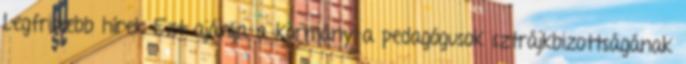
Legfrissebb hírek Ezt ajánlja a kormány a pedagógusok sztrájkbizottságának